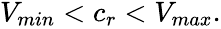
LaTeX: \begin{array}{r}{V_{min}<c_{r}<V_{max}.}\end{array}